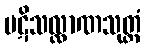
ပဋိသလ္လာဏသုတ္တံ